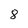
Character: 8